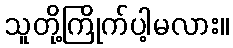
သူတို့ကြိုက်ပါ့မလား။